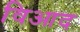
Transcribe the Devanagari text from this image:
विआद